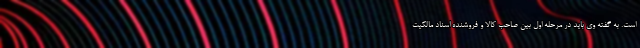
است. به گفته وی باید در مرحله اول بین صاحب کالا و فروشنده اسناد مالکیت